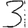
Digit: 3